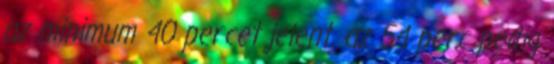
az minimum 40 percet jelent. az 54 perc pedig